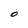
Character: O